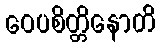
ဝေပစိတ္တိနောတိ